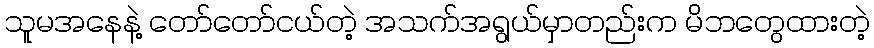
သူမအနေနဲ့ တော်တော်ငယ်တဲ့ အသက်အရွယ်မှာတည်းက မိဘတွေထားတဲ့